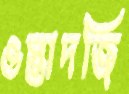
ওস্তাদজি